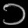
Digit: ၁